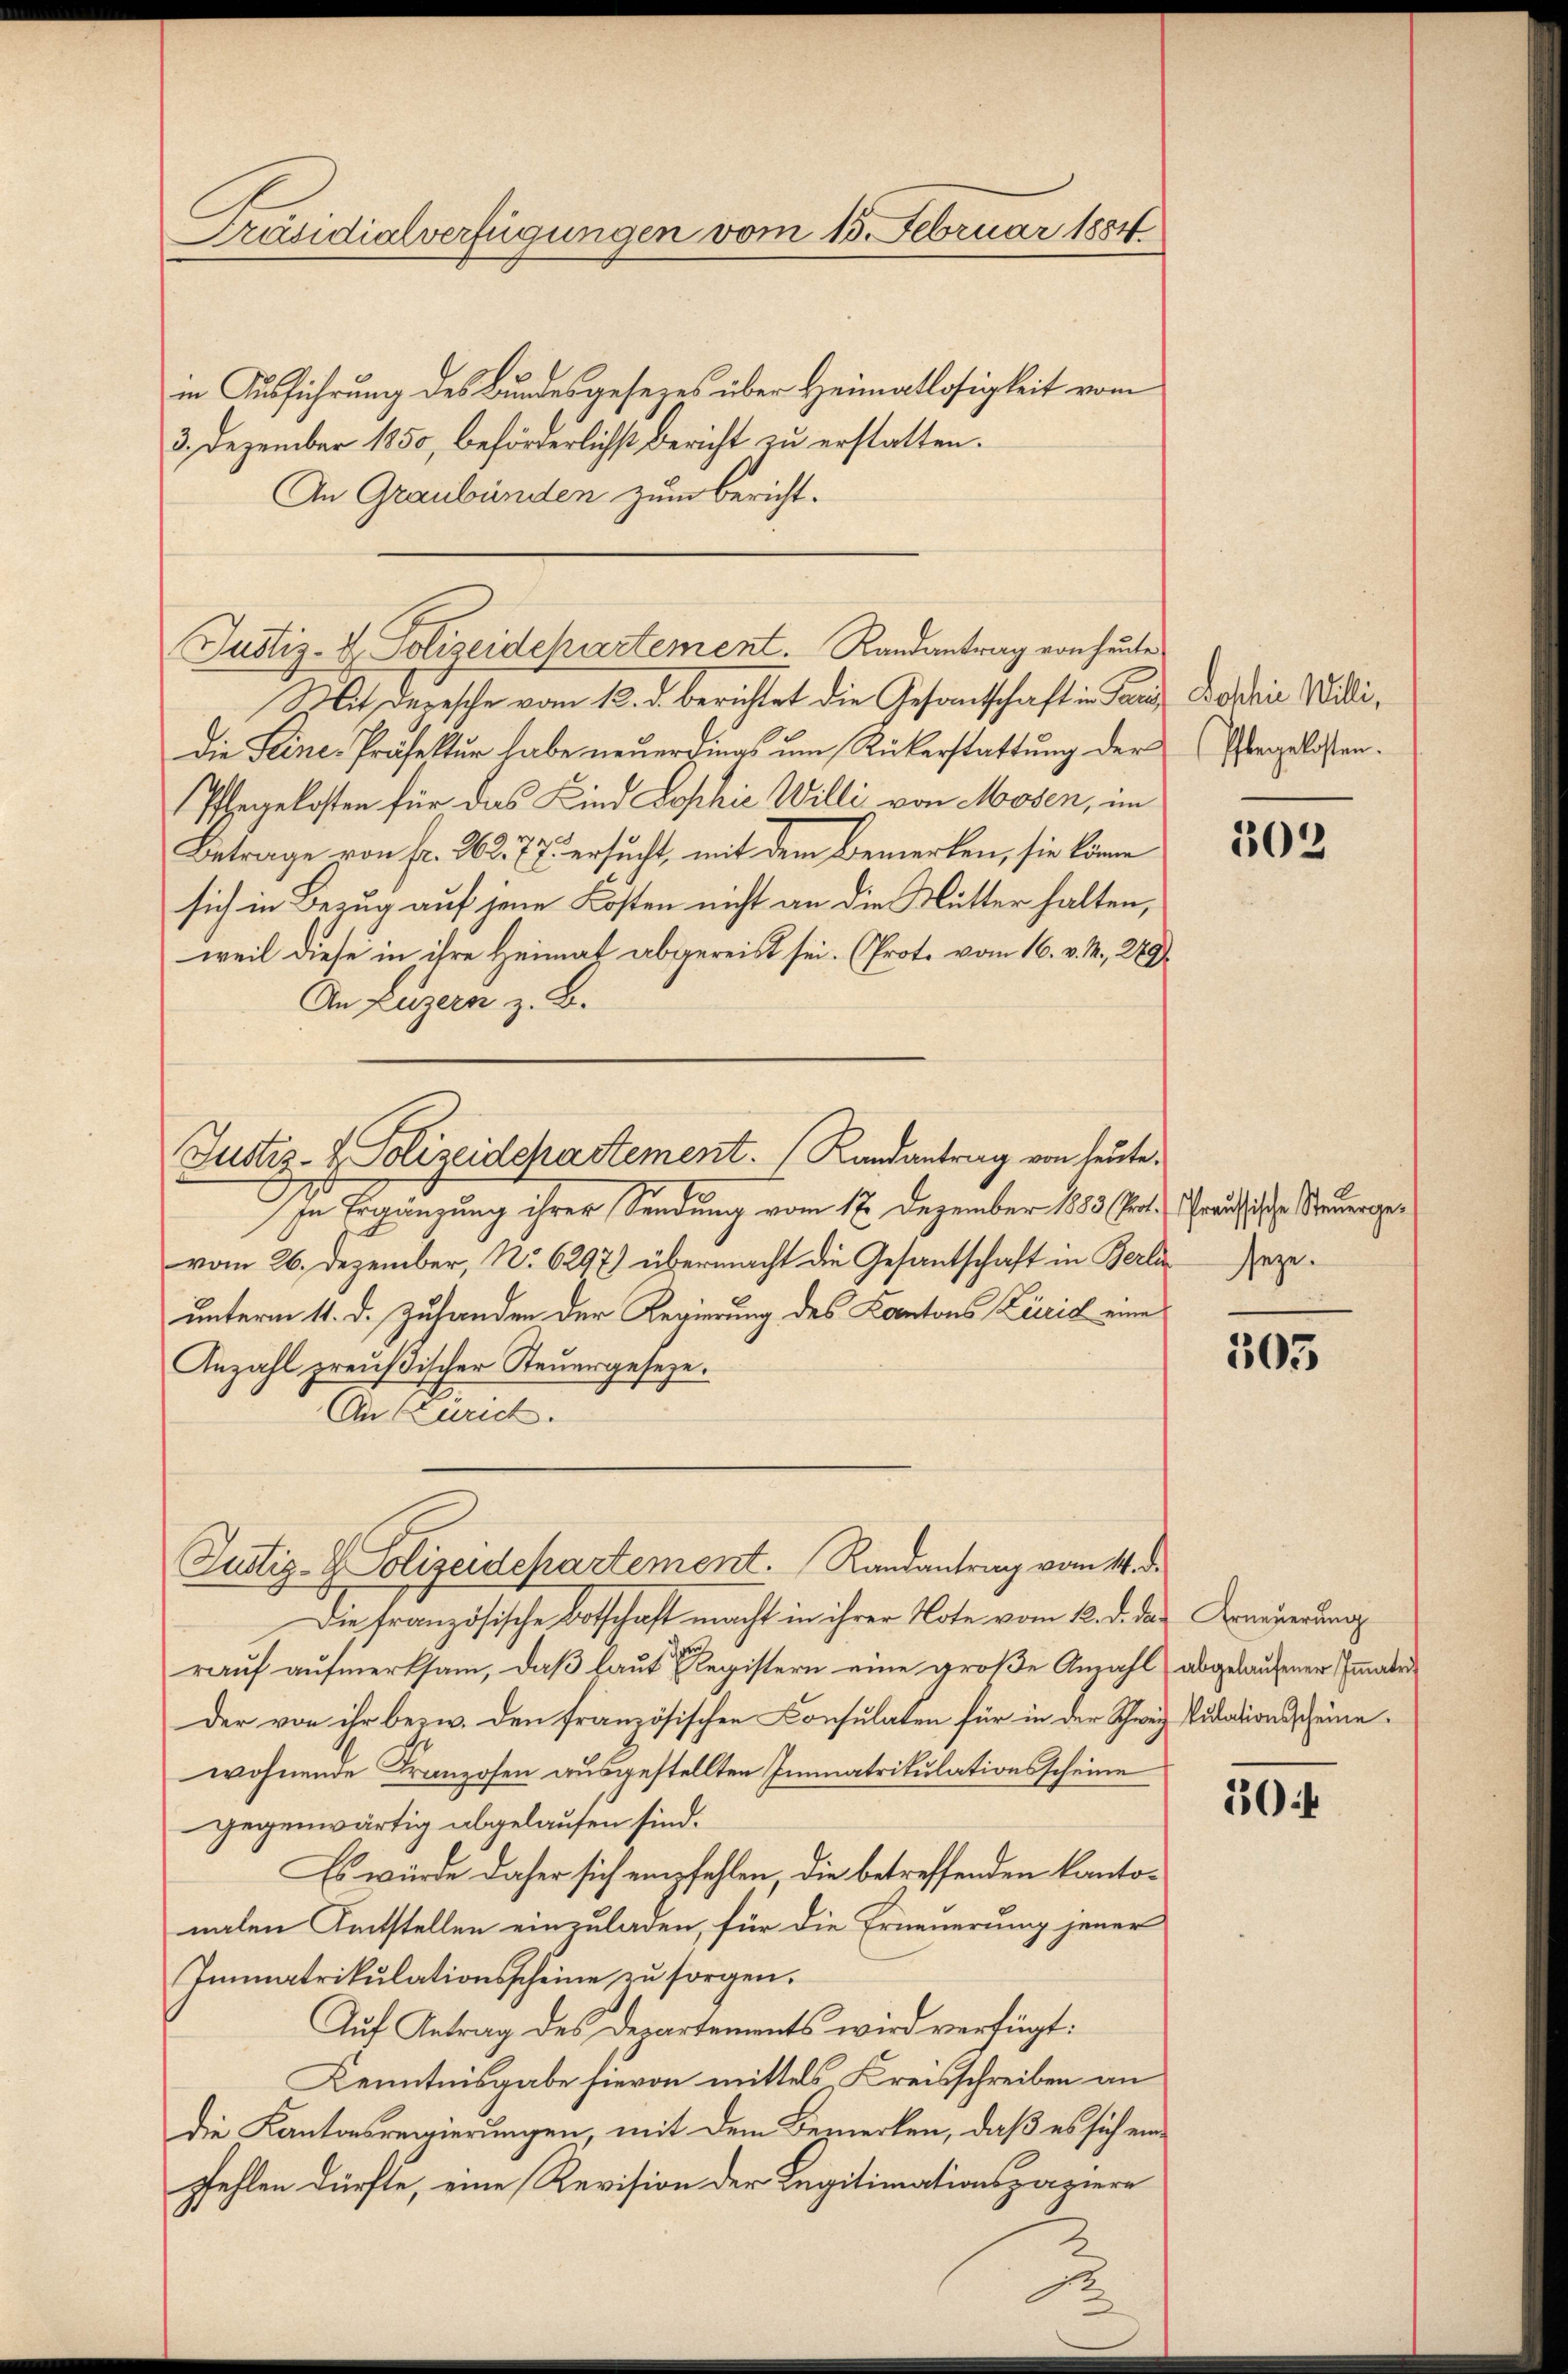
Präsidialverfügungen vom 15. Februar 1884

in Ausführung des Bundesgesezes über Heimatlosigkeit vom
3. Dezember 1850, beförderlichst Bericht zu erstatten.
An Graubünden zum Bericht.
Mit Depesche vom 12. d. berichtet die Gesandtschaft in Tanz Boshi Willi,
Die Feine-Präfektur habe neuerdings um Rükerstattung der
Ehegekosten für das Kind Sophie Willi von Mosen, im
Betrage von Fr. 262. 77. ersucht, mit dem Bemerken, sie könne
sich in Bezug auf jene Kosten nicht an die Mutter halten,
weil diese in ihre Heimat abgereist sei. (Prot. vom 16. v. M., 289)
An Luzern z. B.
In Ergänzung ihrer Sendung vom 12. Dezember 1883 St. Graussische Steuergevom 26. Dezember, No 6297) übermacht die Gesantschaft in Berliegeunterm 11. d. Zuhanden der Regierung des Kantons Zürich eine
Anzahl preußischer Steuergeseze.
An Linie.
Justiz- & Polizeidepartement. Randantrag vom 14. d.
Die französische Botschaft macht in ihrer Note vom 12. d. das Erneuerung
rauf aufmerksam, daß laut Registern eine große Anzahl abgelaufener Immater
der von ihr bezw. den französischen Konsulaten für in der Schweiz Vidationsscheine
wohnende Franzosen ausgestellten Immatrikulationsscheine
gegenwärtig abgelaufen sind.
Es würde daher sich empfehlen die betreffenden Kantonalen Kentstellen einzuladen, für die Erneuerung jener
Immatrikulationsscheine zu sorgen.
Auf Antrag des Departements wird verfügt:
Kenntnisgabe hievon mittels, Kreisschreiben an
Die Kantonsregierungen, mit dem Bemerken, daß es sich einpfehlen dürfte, eine Revision der Legitimationspapiere

Justiz-V. Polizeidchartement. Randantrag von heute

Justiz- & Polizeidepartement. (Randantrag von heute.

Pflegelosten.

302

503

50